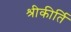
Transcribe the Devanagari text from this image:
श्रीकीर्ति